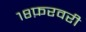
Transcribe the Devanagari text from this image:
१८फ़रवरी